Annual report on the health of the army in India
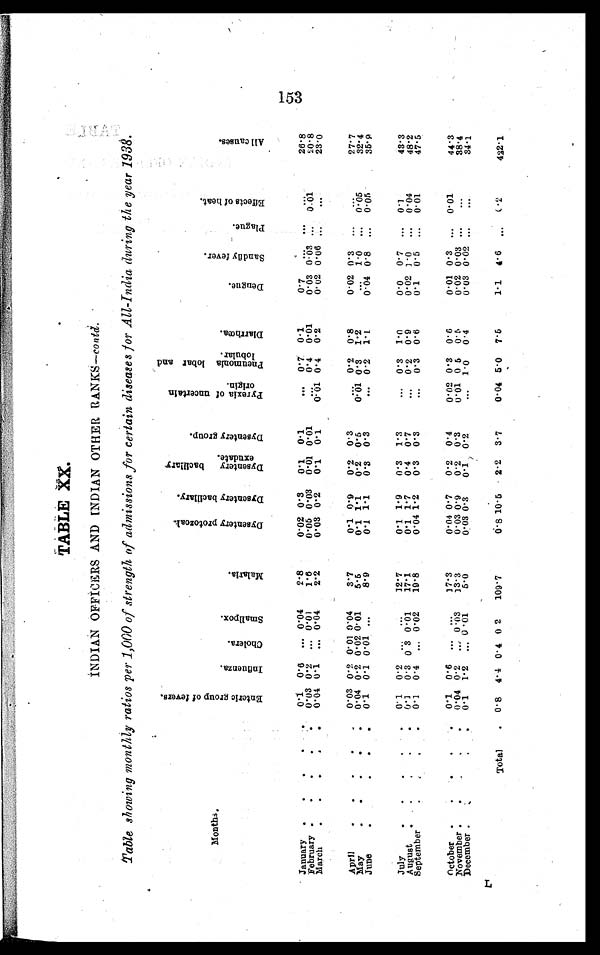
TABLE XX.
INDIAN OFFICER AND INDIAN OTHER RANK—contd.
T able showing monthly ratios per 1,000 of strength of admissions for certain diseases for All-India during the year 1938.
Months.
E n t e r i c g r o u p o f f e v e r s .
I n f l u e n z a .
Chol e r a .
S m a l l p o x .
M a l a r i a .
D y s e n t e r y p r o t o z o a l .
D y s e n t a r y b a c i l l a r y .
D e s e n t a r y b a c i l l a r y e x u d a t e
.
D y s e n t e r y g r o u p .
P y r e x i a o f u n c e r t a i n o r i g i n .
p n e u m o n i a l o b a r a n d l o b u l a r .
D l a r r h œ a .
D e n g n e .
S a n d f l y f e v e r .
P l a g u e .
E f f e c t s o f h e a t .
A l l c a u s e s .
January . . .
0.1
0.6
. . . 0.04
2.8
0.02 0.3
0.1
0.1
. . .
0.7
0.1
0.7
. . . . . .
. . .
26.8
February . . .
0.03 0.2
. . . 0.01
1.6
0.05 0.03
0.01 0.01
. . .
0.4
0.01
0.03
0 . 0 3 . . .
0.01
20.8
March . . .
0.04 0.1
. . . 0.04
2.2
0.03 0.2
0.1
0.1
0.01 0.4
0.2
0.02 0.06 . . .
. . .
23.0
April . . .
0.03 0.2 0.01 0.04
3.7
0.1 0.9
0.2
0.3
. . .
0.2
0.8
0.02 0.3
. . .
. . .
27.7
May . . .
0.04 0.2 0.02 0.01
5.5
0.1 1.1
0.2
0.5
0.01 0.3
1.2
. . .
1.0
. . .
0 . 0 5
32.4
June . . .
0.1
0.1 0.01
. . .
8.9
0.1 1.1
0.3
0.3
. . .
0.2
1. 1
0.04 0.8
. . .
0 . 05
35.9
July . . .
0.1
0 . 2
. . .
. . .
12.7
0.1 1.9
0.3
1.3
. . .
0.3
1.0
0.0
0.7 . . . 0.1
43.3
August
. . .
'
0.1
0.3 0.3 0.01
17.1
0.1 1.7
0.4
0.7
. . . . . .
0.2
0.9
0..02 1..0 . . . . 0.04
48.2
September . . .
0.1
0.4
. . . 0.02
19.8
0.04 1.2
0.3
0.3
. . .
0.3
0.6
0.1
0.5
. . .
0.01
47.5
October . . .
0.1
0.6
. . .
. . .
17.3
0.04 0.7
0.2
0.4
0.02 0.3
0.6
0.01 0.3 . . . 0.01
44.3
November . . .
0.04 0.2 . . .
. . . 0.03
13.3
0.03 0.9
0.2
0.3
0.01 0.6
0. 5
0.02
0 . 0 3 . . .
. . .
38.4
. . .
. . .
December . . .
0.1
1.2
. . . 0.01
5.0
0.03 0.3
0.1
0.2
. . .
1.0
0.4
0.03 0.02
34.1
Total . . .
0.8
4.4 0.4 0.2
109.7
0 . 8
10.5
2.2
3.7
0.04 5.0
7.5
1.1
4.6 . . .
0 . 2
422.1
153